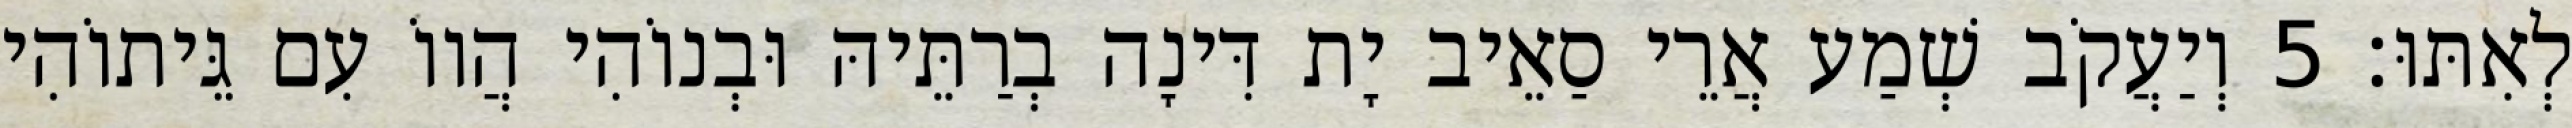
לְאִתּוּ׃ 5 וְיַעֲקֹב שְׁמַע אֲרֵי סַאֵיב יָת דִּינָה בְרַתֵּיהּ וּבְנוֹהִי הֲווֹ עִם גֵּיתוֹהִי